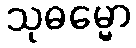
သုဓမ္မော